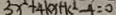
5 x ^ { 2 } + 4 k x + k ^ { 2 } - 4 = 0